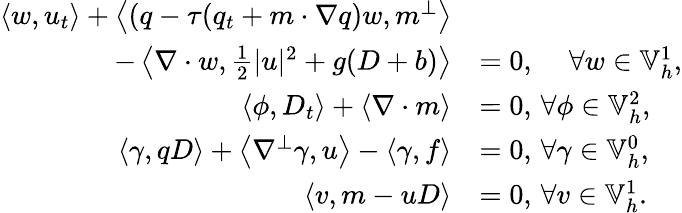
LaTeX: \begin{array}{rl}{\left\langle w,u_{t}\right\rangle+\left\langle\left(q-{\tau}(q_{t}+m\cdot\nabla q\right)w,m^{\perp}\right\rangle}&{}\\ {\qquad-\left\langle\nabla\cdot w,\frac{1}{2}|u|^{2}+g(D+b)\right\rangle}&{=0,\, \quad\forall w\in\mathbb{V}_{h}^{1},}\\ {\left\langle\phi,D_{t}\right\rangle+\left\langle\nabla\cdot m\right\rangle}&{=0,\, \forall\phi\in\mathbb{V}_{h}^{2},}\\ {\left\langle\gamma,qD\right\rangle+\left\langle\nabla^{\perp}\gamma,u\right\rangle-\left\langle\gamma,f\right\rangle}&{=0,\, \forall\gamma\in\mathbb{V}_{h}^{0},}\\ {\left\langle v,m-uD\right\rangle}&{=0,\, \forall v\in\mathbb{V}_{h}^{1}.}\end{array}